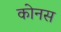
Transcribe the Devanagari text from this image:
कोनस